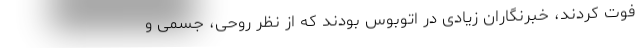
فوت کردند، خبرنگاران زیادی در اتوبوس بودند که از نظر روحی، جسمی و